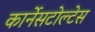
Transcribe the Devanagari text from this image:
कार्नेसटोल्टेस